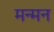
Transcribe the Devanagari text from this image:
मन्मन